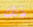
ذلك